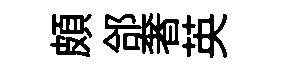
頗郃奢英